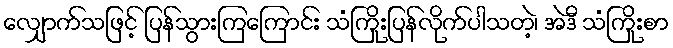
လျှောက်သဖြင့် ပြန်သွားကြကြောင်း သံကြိုးပြန်လိုက်ပါသတဲ့၊ အဲဒီ သံကြိုးစာ